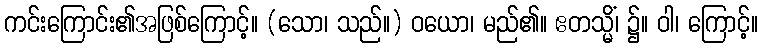
ကင်းကြောင်း၏အဖြစ်ကြောင့်။ (သော၊ သည်။) ဝယော၊ မည်၏။ ဧတသ္မိံ၊ ၌။ ဝါ၊ ကြောင့်။